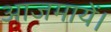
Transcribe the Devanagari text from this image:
आजमायें।